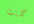
كنت